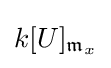
k[U]_{{\mathfrak {m}}_{x}}